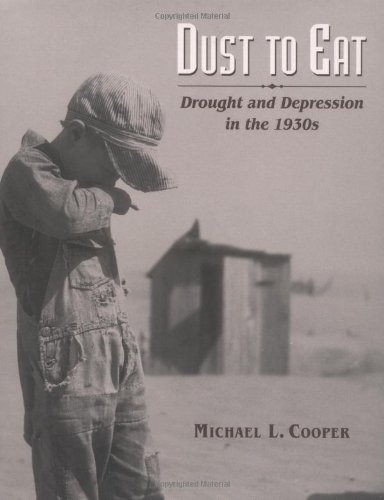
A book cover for Dust to Eat: Drought and Depression in the 1930s; Michael L. Cooper; Teen & Young Adult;